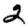
Digit: 2